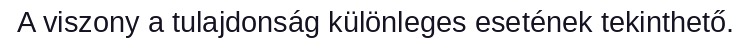
A viszony a tulajdonság különleges esetének tekinthető.